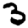
Digit: 3